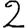
Digit: 2